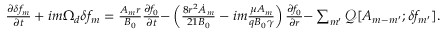
\begin{array} { r } { \frac { \partial \delta f _ { m } } { \partial t } + { i m \Omega _ { d } \delta f _ { m } } = \frac { A _ { m } r } { B _ { 0 } } \frac { \partial f _ { 0 } } { \partial t } { - \left( \frac { 8 r ^ { 2 } \dot { A } _ { m } } { 2 1 B _ { 0 } } - i m \frac { \mu A _ { m } } { q B _ { 0 } \gamma } \right) \frac { \partial f _ { 0 } } { \partial r } } { - \sum _ { m ^ { \prime } } \mathcal { Q } [ A _ { m - m ^ { \prime } } ; \delta f _ { m ^ { \prime } } ] . } } \end{array}